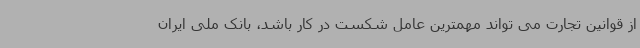
از قوانین تجارت می تواند مهمترین عامل شکست در کار باشد، بانک ملی ایران